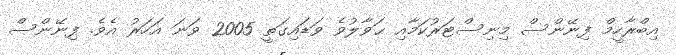
އިބްރާހީމް ފިނޭންސް މިނިސްޓަރުކަމާއި ޙަވާލުވެ ވަޑައިގަތީ 2005 ވަނަ އަހަރު އެވެ. ފިނޭންސް